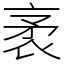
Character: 袤